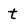
Character: t